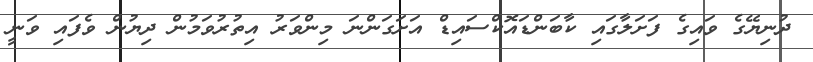
ދުނިޔޭގެ ވައިގެ ފަށަލާގައި ކާބަންޑައޮކްސައިޑް އަށަގަންނަ މިންވަރު އިތުރުވަމުން ދިޔުން ވެފައި ވަނީ